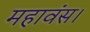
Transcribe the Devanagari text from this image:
महावंस।